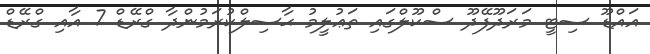
އައްޑޫ ސިޓީ މަރަދޫފޭދޫ ސްކޫލްގައި ތަޢުލީމު ޙާސިލްކުރަމުންދާ ގްރޭޑް 7 އާއި ގްރޭޑް